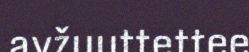
avžuuttettee